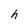
Character: h